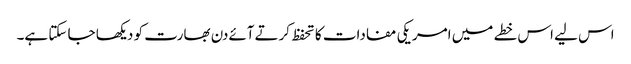
اس لیے اس خطے میں امریکی مفادات کا تحفظ کرتےآئےدن بھارت کو دیکھا جا سکتا ہے۔